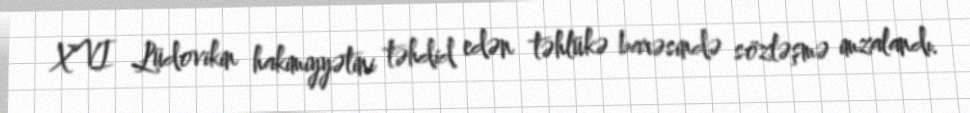
XVI Lüdovikin hakimiyyətini təhdid edən təhlükə barəsində sözləşmə imzalandı.